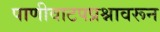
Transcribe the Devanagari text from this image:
पाणीवाटपप्रश्नावरून